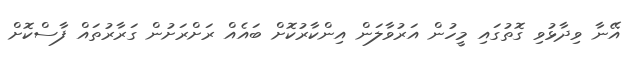
އޭނާ ވިދާޅުވި ގޮތުގައި މީހުން އަރުވާލަން އިންކާރުކޮށް ބައެއް ރަށްރަށުން ގަރާރުތައް ފާސްކޮށް